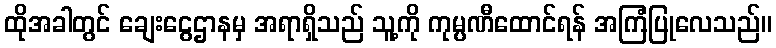
ထိုအခါတွင် ချေးငွေဌာနမှ အရာရှိသည် သူ့ကို ကုမ္ပဏီထောင်ရန် အကြံပြုလေသည်။